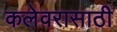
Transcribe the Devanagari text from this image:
कलेवरासाठी